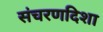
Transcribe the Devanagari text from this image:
संचरणदिशा